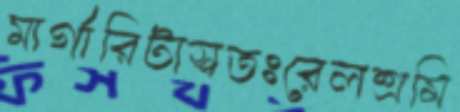
মার্গারিটাস্বতঃরেলশ্রমি